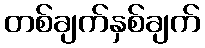
တစ်ချက်နှစ်ချက်